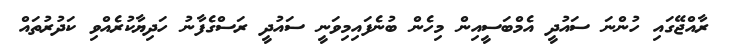
ރާއްޖޭގައި ހުންނަ ސައުދީ އެމްބަސީއިން މިހެން ބުނެފައިމިވަނީ ސައުދީ ރަސްގެފާނު ހަދިޔާކުރެއްވި ކަދުރުތައް